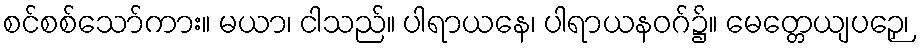
စင်စစ်သော်ကား။ မယာ၊ ငါသည်။ ပါရာယနေ၊ ပါရာယနဝဂ်၌။ မေတ္တေယျပဉှေ၊